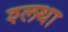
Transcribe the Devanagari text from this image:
श्लथा